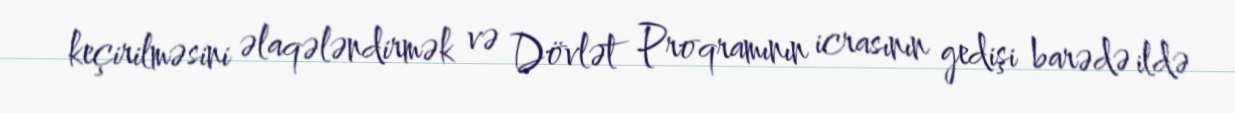
keçirilməsini əlaqələndirmək və Dövlət Proqramının icrasının gedişi barədə ildə